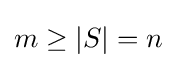
m\geq \left\vert S\right\vert =n